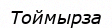
Тоймырза